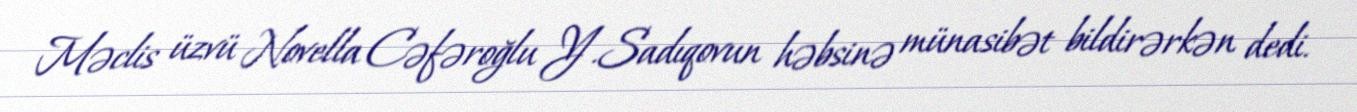
Məclis üzvü Novella Cəfəroğlu Y.Sadıqovun həbsinə münasibət bildirərkən dedi.